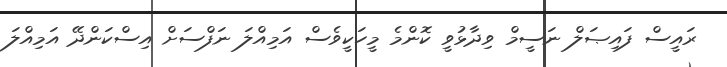
ރައީސް ފައިޞަލް ނަސީމް ވިދާޅުވީ ކޮންމެ މީހަކީވެސް އަމިއްލަ ނަފްސަށް އިސްކަންދޭ އަމިއްލަ